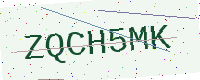
Text: ZQCH5MK